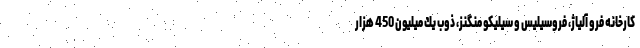
كارخانه فرو آلياژ، فروسيليس و سيليكو منگنز، ذوب يك ميليون 450 هزار